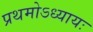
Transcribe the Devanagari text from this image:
प्रथमोऽध्यायः